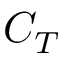
C _ { T }